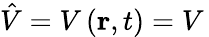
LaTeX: {\hat{V}}=V\left(\mathbf{r},t\right)=V\,